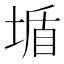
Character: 𡎆